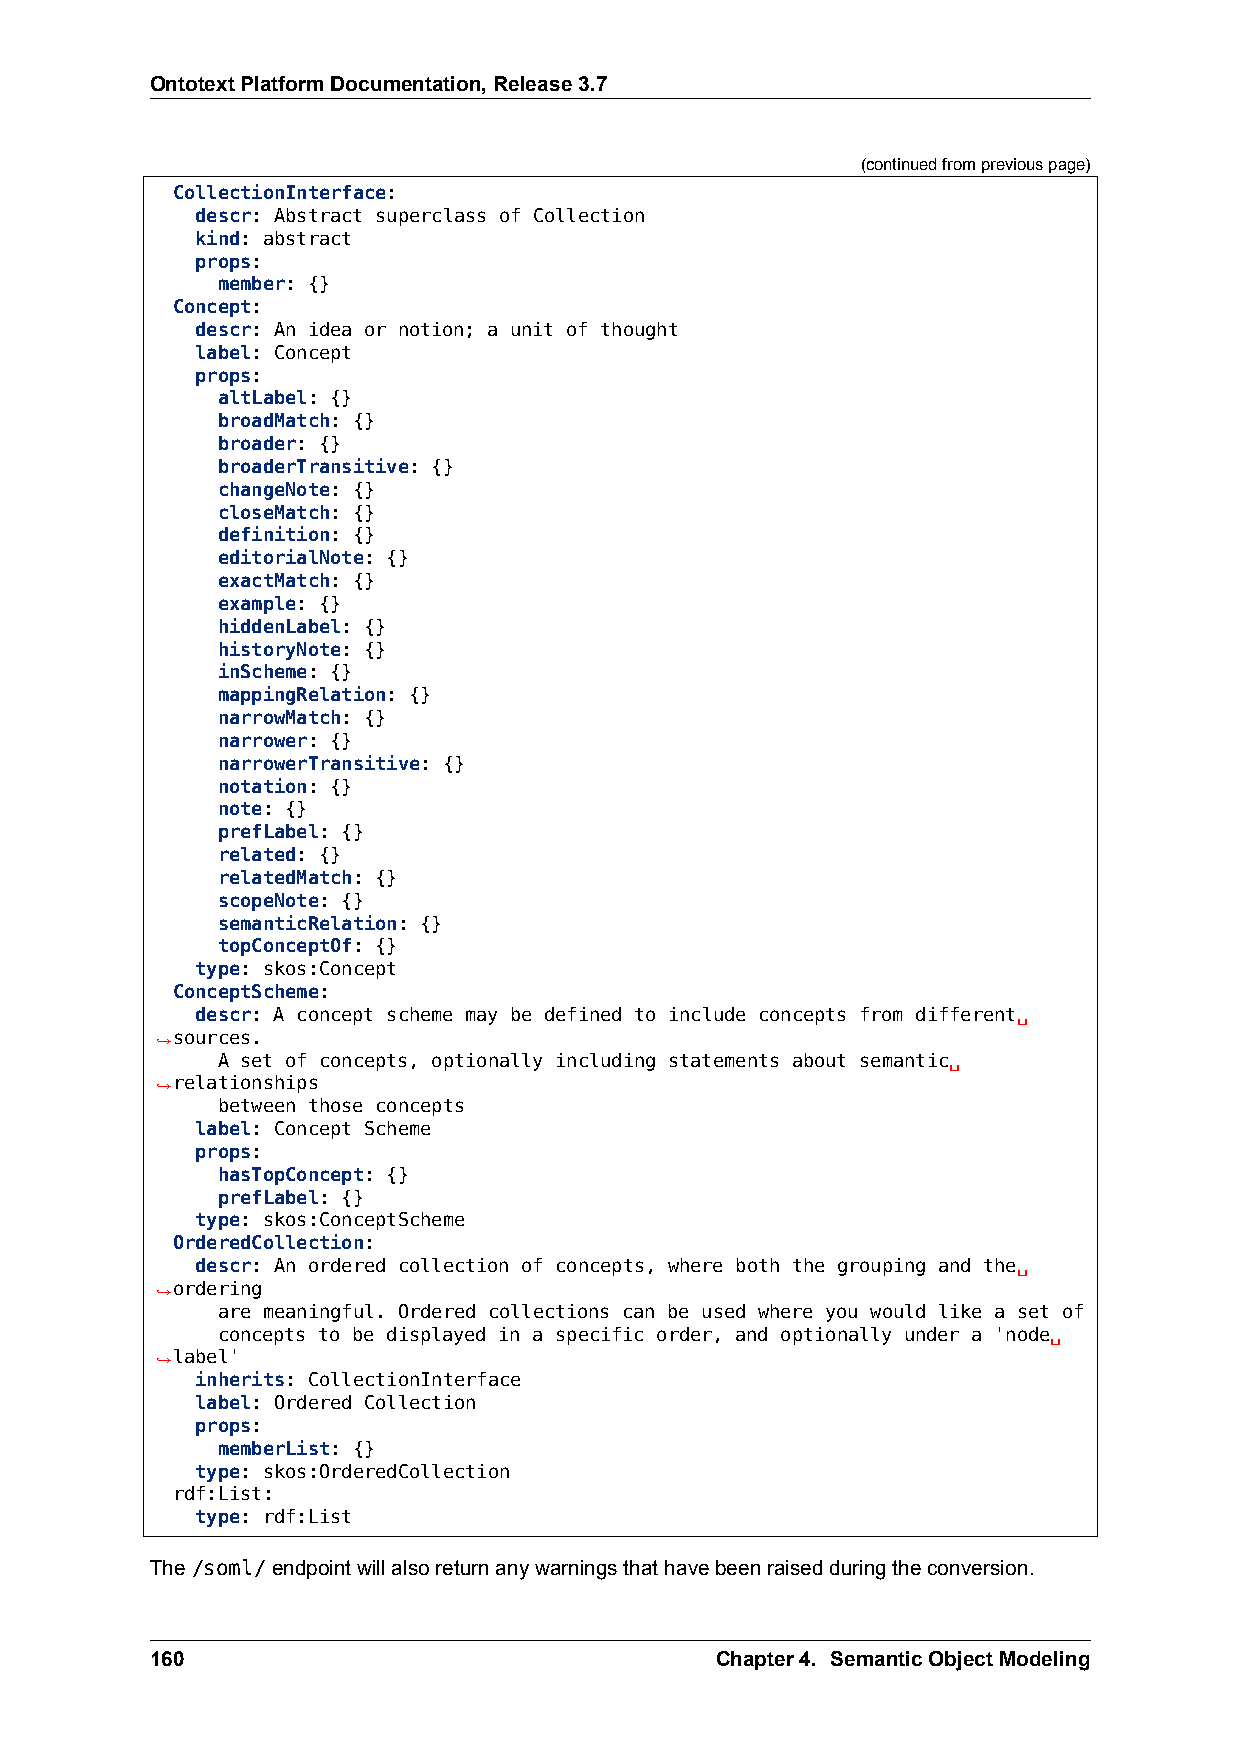
OntotextPlatformDocumentation,Release3.7
 (continuedfrompreviouspage)
 CollectionInterface:
 descr: Abstract superclass of Collection
 kind: abstract
 props:
 member: {}
 Concept:
 descr: An idea or notion; a unit of thought
 label: Concept
 props:
 altLabel: {}
 broadMatch: {}
 broader: {}
 broaderTransitive: {}
 changeNote: {}
 closeMatch: {}
 definition: {}
 editorialNote: {}
 exactMatch: {}
 example: {}
 hiddenLabel: {}
 historyNote: {}
 inScheme: {}
 mappingRelation: {}
 narrowMatch: {}
 narrower: {}
 narrowerTransitive: {}
 notation: {}
 note: {}
 prefLabel: {}
 related: {}
 relatedMatch: {}
 scopeNote: {}
 semanticRelation: {}
 topConceptOf: {}
 type: skos:Concept
 ConceptScheme:
 descr: A concept scheme may be defined to include concepts from different␣
 ,→sources.
 A set of concepts, optionally including statements about semantic␣
 ,→relationships
 between those concepts
 label: Concept Scheme
 props:
 hasTopConcept: {}
 prefLabel: {}
 type: skos:ConceptScheme
 OrderedCollection:
 descr: An ordered collection of concepts, where both the grouping and the␣
 ,→ordering
 are meaningful. Ordered collections can be used where you would like a set of
 concepts to be displayed in a specific order, and optionally under a 'node␣
 ,→label'
 inherits: CollectionInterface
 label: Ordered Collection
 props:
 memberList: {}
 type: skos:OrderedCollection
 rdf:List:
 type: rdf:List
 The/soml/endpointwillalsoreturnanywarningsthathavebeenraisedduringtheconversion.
 160                                  Chapter4. SemanticObjectModeling